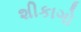
શીકાગો